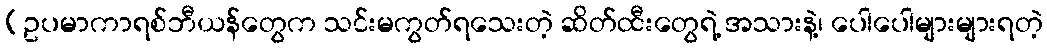
(ဥပမာကာရစ်ဘီယန်တွေက သင်းမကွတ်ရသေးတဲ့ ဆိတ်ထီးတွေရဲ့ အသားနဲ့၊ ပေါပေါများများရတဲ့